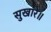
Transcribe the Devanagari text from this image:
सुखारे॥